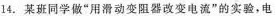
14.某班同学做”用滑动变阻器改变电流”的实验，电